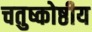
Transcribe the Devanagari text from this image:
चतुष्कोष्ठीय